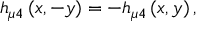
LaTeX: h _ { \mu 4 } \left( x , - y \right) = - h _ { \mu 4 } \left( x , y \right) ,